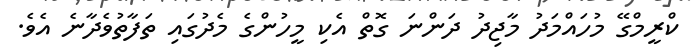
ކްރީމްގޭ މުހައްމަދު މާޖިދު ދަންނަ ގޮތް އެކި މީހުންގެ މެދުގައި ތަފާތުވެދާނެ އެވެ.